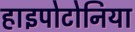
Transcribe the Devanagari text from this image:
हाइपोटोनिया